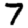
Digit: 7